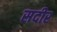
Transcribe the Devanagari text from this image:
सदीर